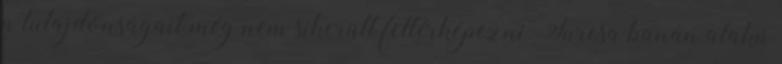
a tulajdonságait még nem sikerült feltérképezni. Furcsa banán alakú